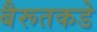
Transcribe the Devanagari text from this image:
बैरूतकडे